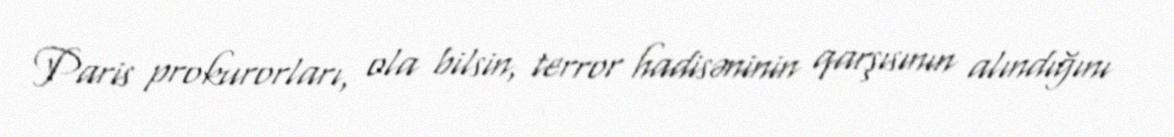
Paris prokurorları, ola bilsin, terror hadisəninin qarşısının alındığını